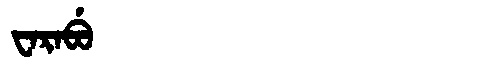
Manchu: ᠸᠠᡵᠠᠪᡠ
Romanization: WARABU